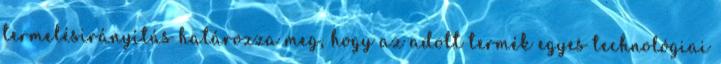
termelésirányítás határozza meg, hogy az adott termék egyes technológiai